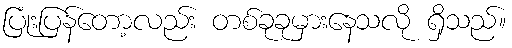
ပြုံးပြန်တော့လည်း တစ်ခုခုမှားနေသလို ရှိသည်။